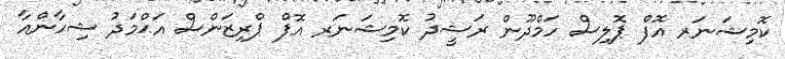
ކޮމިޝަނަރ އޮފް ޕޮލިސް ހަމްދޫން ރަޝީދު ކޮމިޝަނަރ އޮފް ޕްރިޒަންސް އަޙްމަދު ޝިހާންއާ